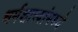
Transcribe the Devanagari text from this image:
धर्मशास्त्रांमध्ये